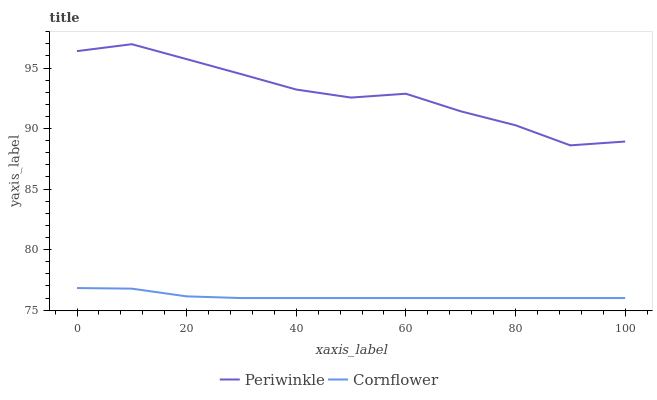
| xaxis_label | Periwinkle | Cornflower |
 | --- | --- | --- |
 | 0 | 96.4 | 76.8 |
 | 10 | 97 | 76.8 |
 | 20 | 95.7 | 76.1 |
 | 30 | 94.5 | 76 |
 | 40 | 93.2 | 76 |
 | 50 | 92.6 | 76 |
 | 60 | 92.9 | 76 |
 | 70 | 91.4 | 76 |
 | 80 | 90.3 | 76 |
 | 90 | 88.6 | 76 |
 | 100 | 88.9 | 76 |